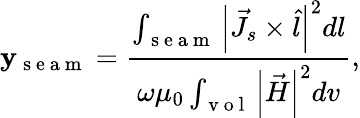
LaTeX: \mathbf{y}_{\mathrm{{~s~e~a~m~}}}=\frac{{\int_{\mathrm{{~s~e~a~m~}}}\left|\vec{{J}}_{s}\times\hat{{l}}\right|^{2}dl}}{{\omega\mu_{0}\int_{\mathrm{{~v~o~l~}}}\left|\vec{{H}}\right|^{2}dv}},